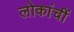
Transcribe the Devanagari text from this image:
लोकांचीं